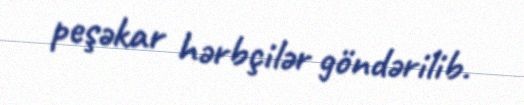
peşəkar hərbçilər göndərilib.